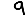
Digit: 9